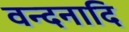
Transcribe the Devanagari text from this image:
वन्दनादि